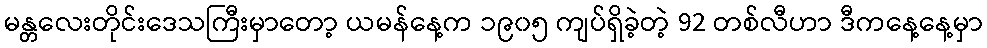
မန္တလေးတိုင်းဒေသကြီးမှာတော့ ယမန်နေ့က ၁၉၀၅ ကျပ်ရှိခဲ့တဲ့ 92 တစ်လီဟာ ဒီကနေ့နေ့မှာ